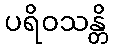
ပရိဝသန္တိ